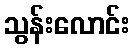
သွန်းလောင်း